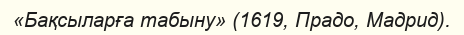
«Бақсыларға табыну» (1619, Прадо, Мадрид).